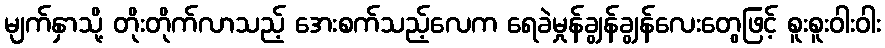
မျက်နှာသို့ တိုးတိုက်လာသည့် အေးစက်သည့်လေက ရေခဲမှုန်ချွန်ချွန်လေးတွေဖြင့် စူးစူးဝါးဝါး